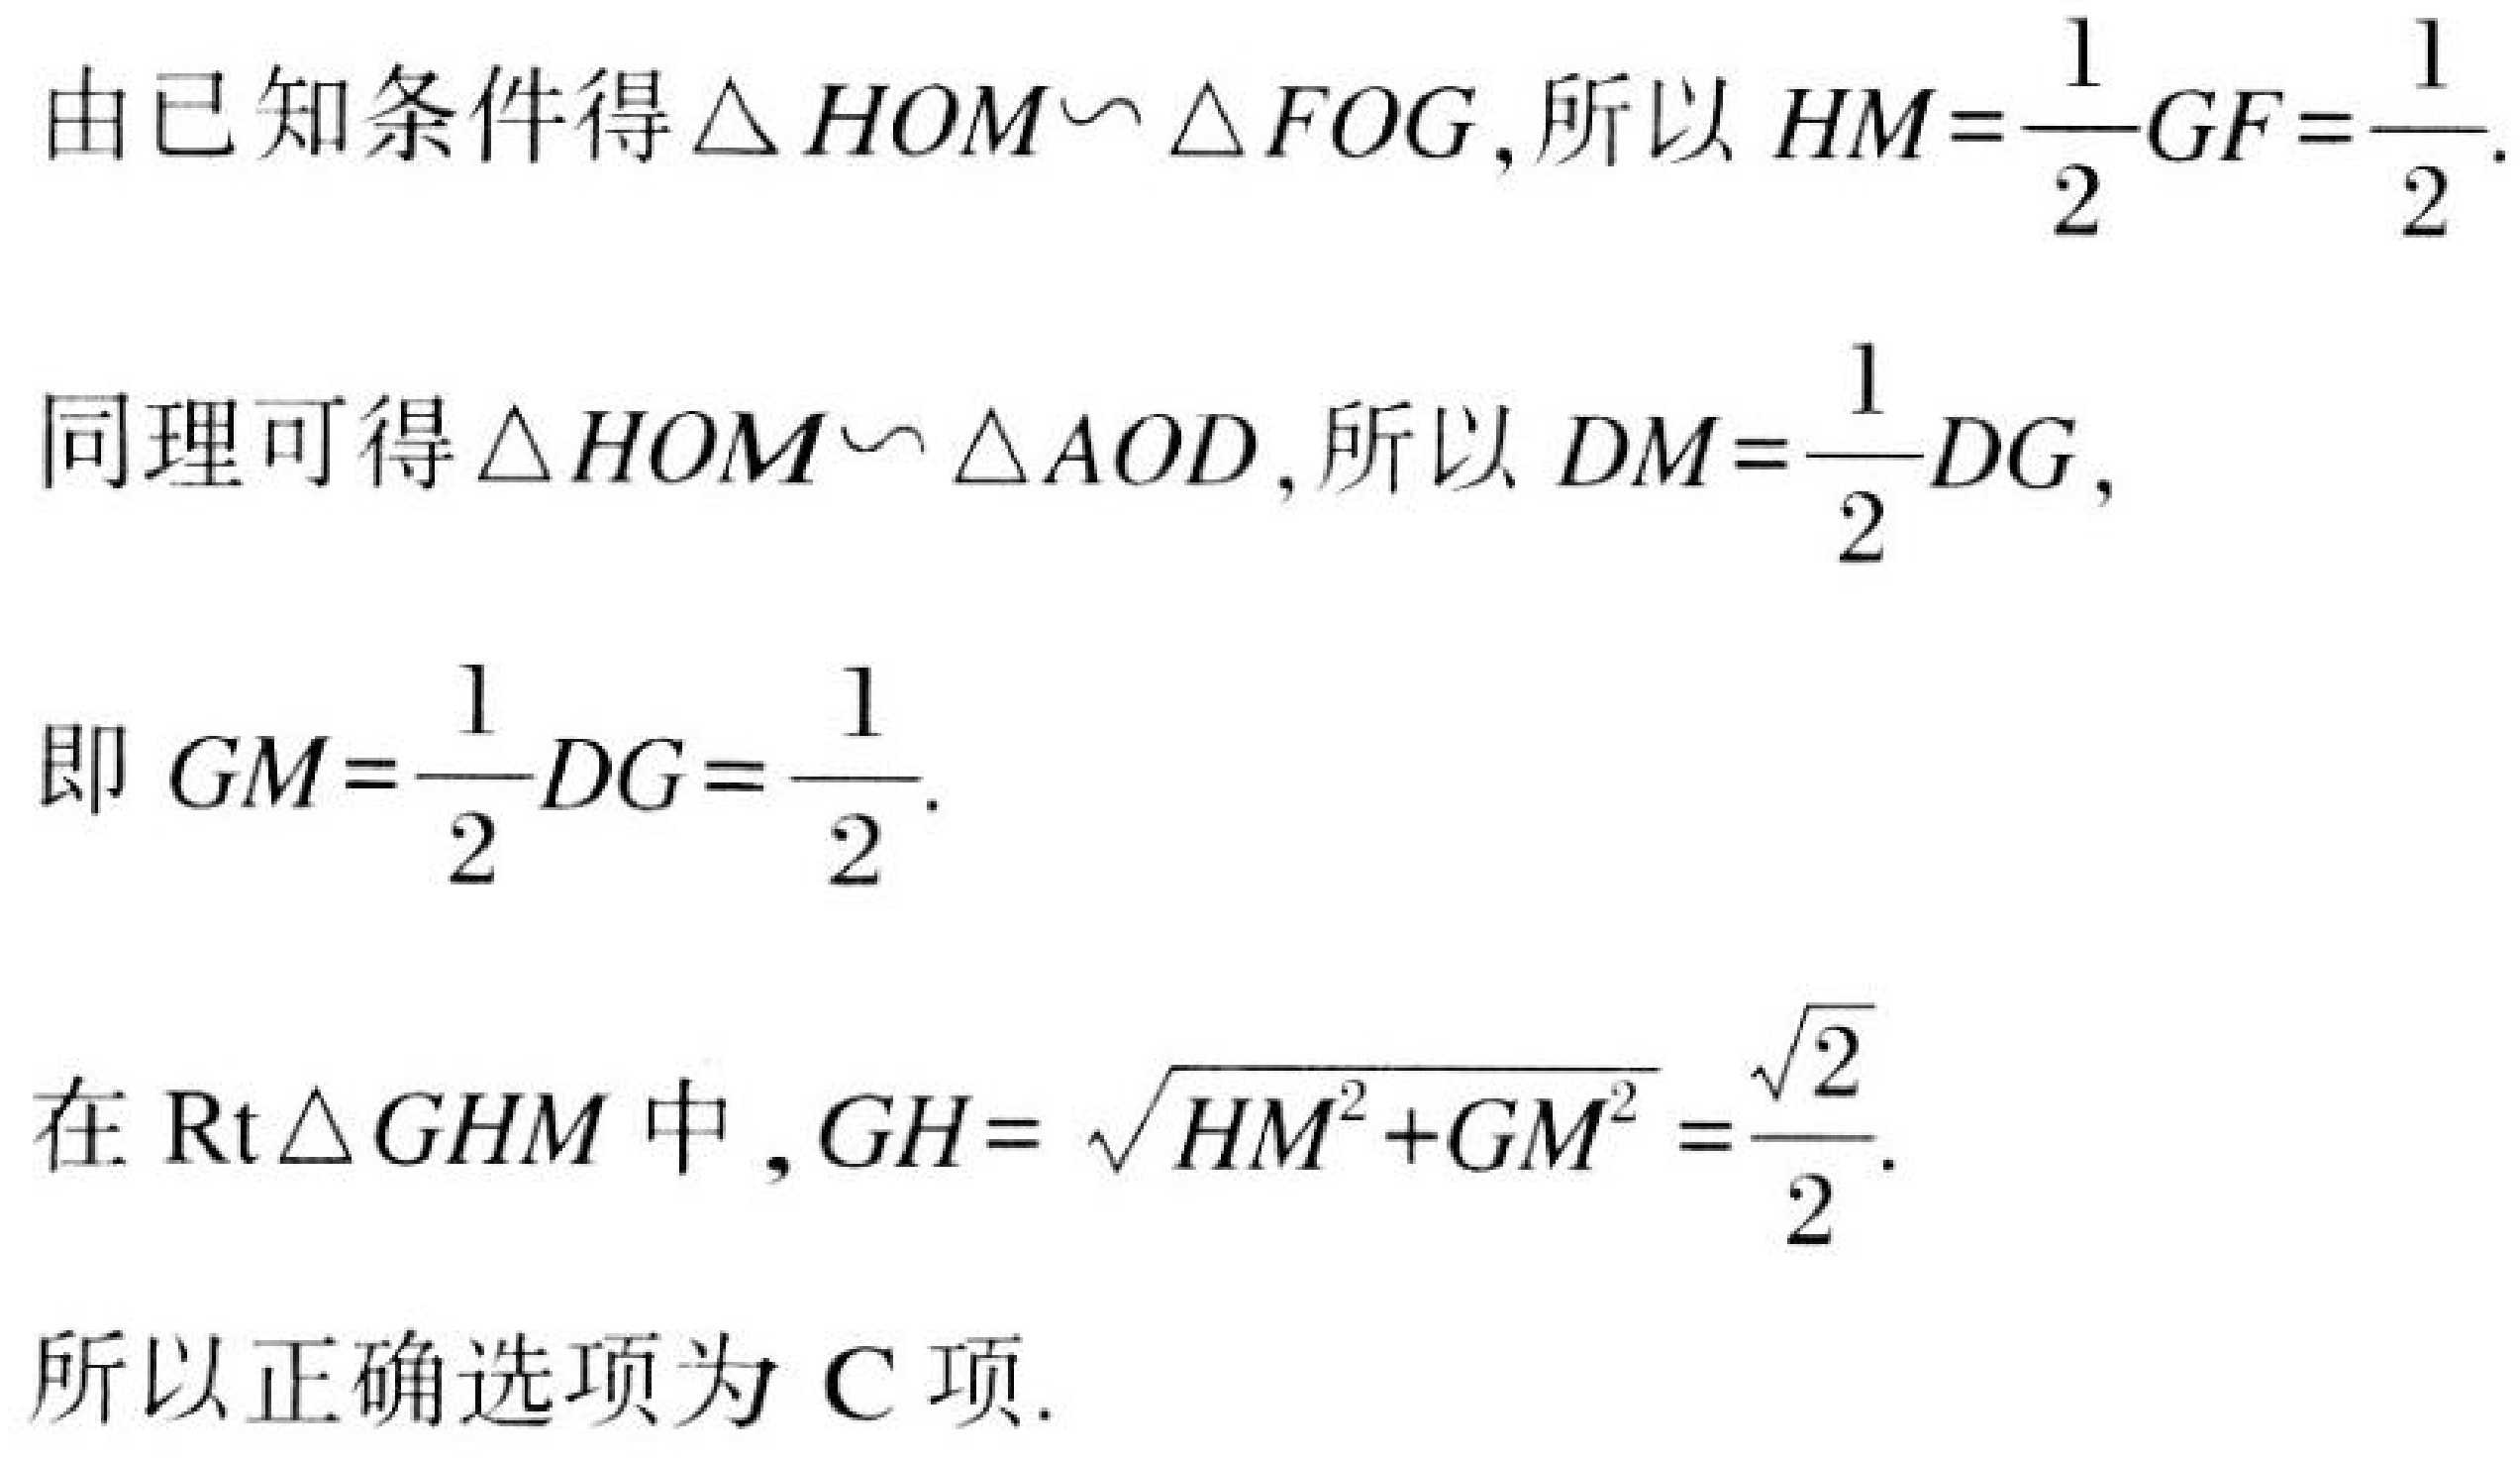
由已知条件得$\triangle HOM\backsim\triangle FOG$, 所以$HM = \frac{1}{2}GF=\frac{1}{2}$.
同理可得$\triangle HOM\backsim\triangle AOD$, 所以$DM=\frac{1}{2}DG$,
即$GM = \frac{1}{2}DG=\frac{1}{2}$.
在$\text{Rt}\triangle GHM$中$,GH = \sqrt{HM^{2}+GM^{2}}=\frac{\sqrt{2}}{2}$.
所以正确选项为 C 项.